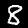
Digit: 8